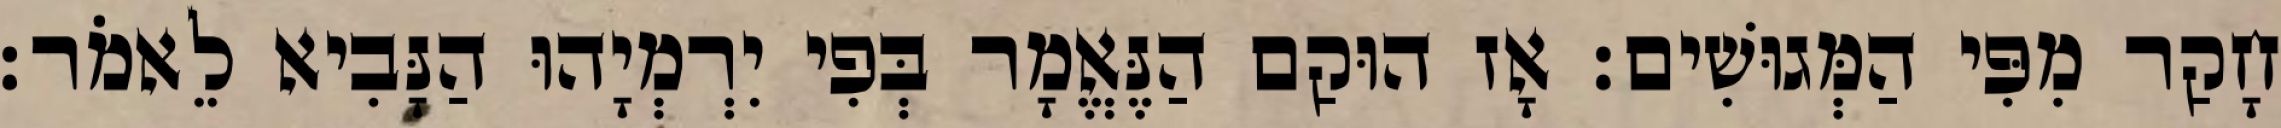
חָקַר מִפִּי הַמְּגוּשִׁים׃ אָז הוּקַם הַנֶּאֱמָר בְּפִי יִרְמְיָהוּ הַנָּבִיא לֵאמֹר׃